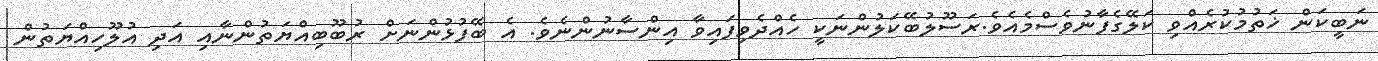
ނަބީކަން ޚަތުމުކުރެއްވި ކަލޭގެފާނުވެސްމެއެވެ.ރަސޫލުބޭކަލުންނަކީ ހެއްދެވިފައިވާ އިންސާނުންނެވެ. އެ ބޭފުޅުންނަށް ރުބޫބިއްޔަތުންނާއި އަދި އުލޫހިއްޔަތުން